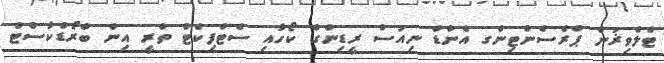
ޓެލެވިޜަން ޕްރެސެންޓިންގ އެންޑް ނިއުސް ރީޑިންގް ކޯހާއި ސެޓްފިކެޓް ތްރީ އިން ބްރޯޑްކާސްޓް